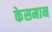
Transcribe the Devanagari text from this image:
केसमान